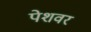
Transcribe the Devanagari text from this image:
पेशवर